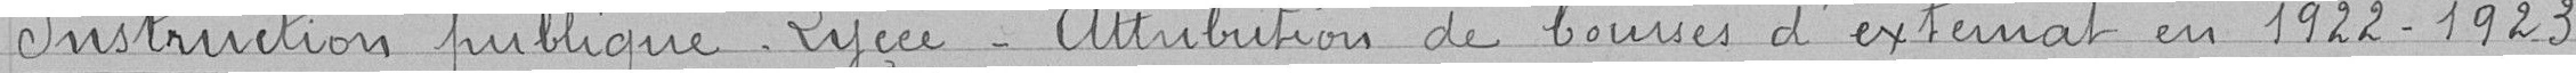
Instruction publique_ Lycée_ Attribution de bourses d'externat en 1922-1923